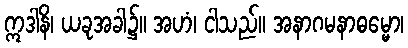
ဣဒါနိ၊ ယခုအခါ၌။ အဟံ၊ ငါသည်။ အနာဂမနာဓမ္မော၊